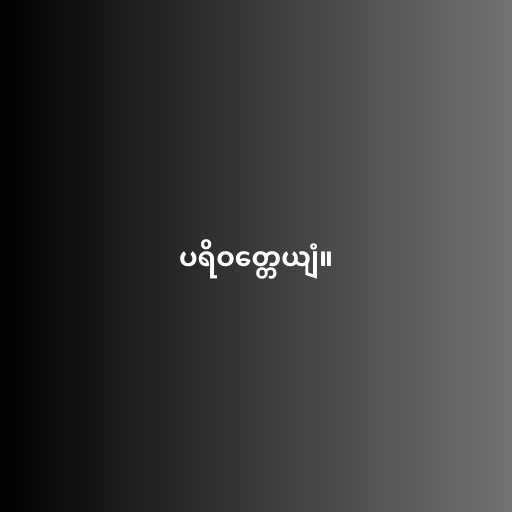
ပရိဝတ္တေယျံ။